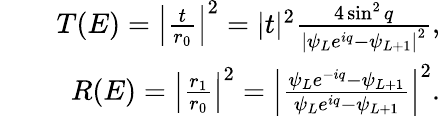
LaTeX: \begin{array}{rlr}&{}&{{T}(E)=\left\vert\frac{t}{r_{0}}\right\vert^{2}=\vert t\vert^{2}\frac{4\sin^{2}q}{\left\vert\psi_{L}e^{iq}-\psi_{L+1}\right\vert^{2}},}\\ &{}&{{R}(E)=\left\vert\frac{r_{1}}{r_{0}}\right\vert^{2}=\left\vert\frac{\psi_{L}e^{-iq}-\psi_{L+1}}{\psi_{L}e^{iq}-\psi_{L+1}}\right\vert^{2}.}\end{array}